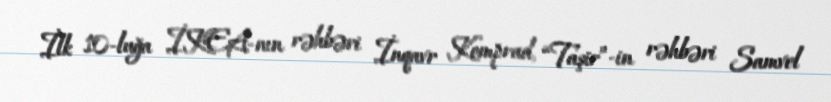
İlk 10-luğa İKEA-nın rəhbəri İnqavr Komprad, “Taşir”-in rəhbəri Samvel